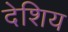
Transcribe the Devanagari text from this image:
देशिय